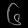
Digit: ၆